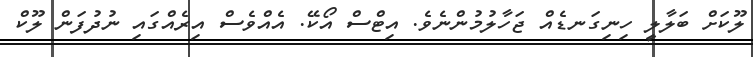
ލޫކަށް ބަލާލީ ހިނިގަނޑެއް ޖަހާލުމުންނެވެ. އިޓްސް އޯކޭ. އެއްވެސް އިރެއްގައި ނުދުފަން ލޫކް